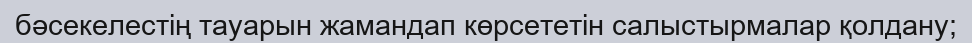
бәсекелестің тауарын жамандап көрсететін салыстырмалар қолдану;